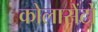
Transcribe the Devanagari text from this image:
कोलासेंटो